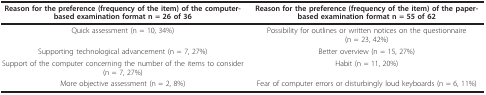
| Reason for the preference (frequency of the item) of the computer-based examination format n = 26 of 36 | Reason for the preference (frequency of the item) of the paper-based examination format n = 55 of 62 |
 | --- | --- |
 | Quick assessment (n = 10, 34%) | Possibility for outlines or written notices on the questionnaire (n = 23, 42%) |
 | Supporting technological advancement (n = 7, 27%) | Better overview (n = 15, 27%) |
 | Support of the computer concerning the number of the items to consider (n = 7, 27%) | Habit (n = 11, 20%) |
 | More objective assessment (n = 2, 8%) | Fear of computer errors or disturbingly loud keyboards (n = 6, 11%) |